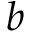
b